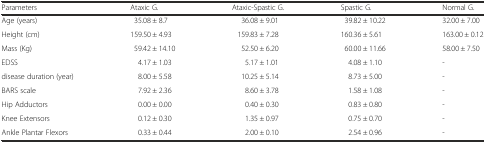
<table><thead><tr><td><b>Parameters</b></td><td><b>Ataxic G.</b></td><td><b>Ataxic-Spastic G.</b></td><td><b>Spastic G.</b></td><td><b>Normal G.</b></td></tr></thead><tbody><tr><td>Age (years)</td><td>35.08 ± 8.7</td><td>36.08 ± 9.01</td><td>39.82 ± 10.22</td><td>32.00 ± 7.00</td></tr><tr><td>Height (cm)</td><td>159.50 ± 4.93</td><td>159.83 ± 7.28</td><td>160.36 ± 5.61</td><td>163.00 ± 0.12</td></tr><tr><td>Mass (Kg)</td><td>59.42 ± 14.10</td><td>52.50 ± 6.20</td><td>60.00 ± 11.66</td><td>58.00 ± 7.50</td></tr><tr><td>EDSS</td><td>4.17 ± 1.03</td><td>5.17 ± 1.01</td><td>4.08 ± 1.10</td><td>-</td></tr><tr><td>disease duration (year)</td><td>8.00 ± 5.58</td><td>10.25 ± 5.14</td><td>8.73 ± 5.00</td><td>-</td></tr><tr><td>BARS scale</td><td>7.92 ± 2.36</td><td>8.60 ± 3.78</td><td>1.58 ± 1.08</td><td>-</td></tr><tr><td>Hip Adductors</td><td>0.00 ± 0.00</td><td>0.40 ± 0.30</td><td>0.83 ± 0.80</td><td>-</td></tr><tr><td>Knee Extensors</td><td>0.12 ± 0.30</td><td>1.35 ± 0.97</td><td>0.75 ± 0.70</td><td>-</td></tr><tr><td>Ankle Plantar Flexors</td><td>0.33 ± 0.44</td><td>2.00 ± 0.10</td><td>2.54 ± 0.96</td><td>-</td></tr></tbody></table>